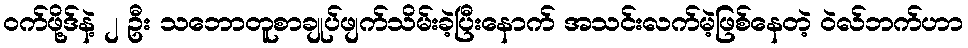
ဝက်ဖို့ဒ်နဲ့ ၂ ဦး သဘောတူစာချုပ်ဖျက်သိမ်းခဲ့ပြီးနောက် အသင်းလက်မဲ့ဖြစ်နေတဲ့ ဝဲလ်ဘက်ဟာ